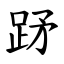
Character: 䟥